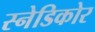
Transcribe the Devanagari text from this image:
स्नेडिकोर